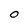
Character: O